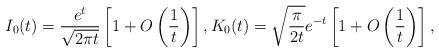
LaTeX: \begin{align*}I_0(t)=\frac{e^{t}}{\sqrt{2\pi t}}\left[ 1+O\left( \frac{1}{t} \right) \right],K_0(t)=\sqrt{\frac{\pi}{2t}}e^{-t}\left[ 1+O\left( \frac{1}{t} \right) \right],\end{align*}